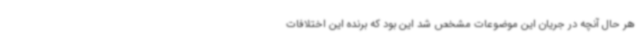
هر حال آنچه در جریان این موضوعات مشخص شد این بود که برنده این اختلافات